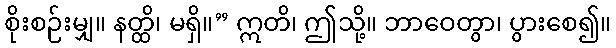
စိုးစဉ်းမျှ။ နတ္ထိ၊ မရှိ။” ဣတိ၊ ဤသို့။ ဘာဝေတွာ၊ ပွားစေ၍။